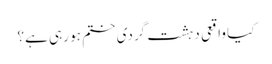
کیا واقعی دہشت گردی ختم ہو رہی ہے؟